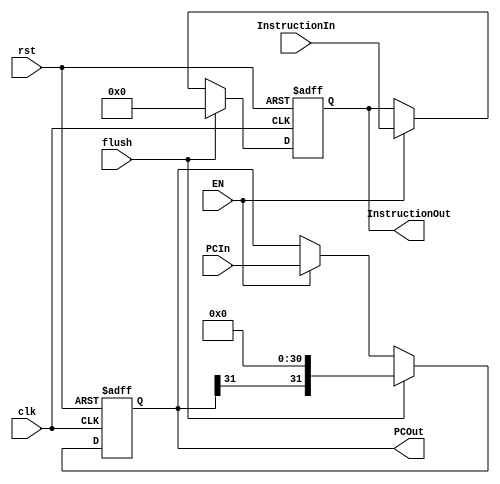
/*
Filename : IF2ID.v
Compiler : Quartus II
Description : IF to ID register
INPUT : clk, rst, EN : all active high
        PCIn, InstructionIn : 32bits Register
OUTPUT : PCIn, InstructionOut : 32bits Register
Author : Yeoman Zhuang
Release : *
*/

module IF2ID(
    input clk, rst, flush, EN, 
    input [31:0]PCIn, InstructionIn, 
    output reg [31:0] PCOut, InstructionOut
);
    
    always @(posedge clk or posedge rst) begin
        if (rst) begin
            // reset
            PCOut<=32'h8000_0000;
            InstructionOut<=0;
        end else if(flush) begin
            PCOut <= {PCOut[31], {31{1'b0}}};
            InstructionOut<=32'h0;
        end else if(EN) begin
            PCOut<=PCIn;
            InstructionOut<=InstructionIn;
        end else begin
            PCOut<=PCOut;
            InstructionOut<=InstructionOut;
        end
    end

endmodule